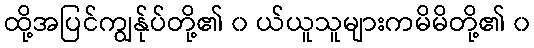
ထို့အပြင်ကျွန်ုပ်တို့၏ ၀ ယ်ယူသူများကမိမိတို့၏ ၀